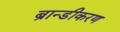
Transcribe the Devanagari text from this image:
ब्रान्डीकरण